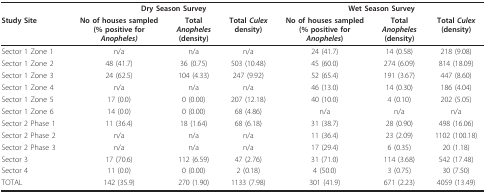
<table><thead><tr><td></td><td colspan="3"><b>Dry Season Survey</b></td><td colspan="3"><b>Wet Season Survey</b></td></tr><tr><td><b>Study Site</b></td><td><b>No of houses sampled(% positive for<i>Anopheles)</i></b></td><td><b>Total<i>Anopheles</i>(density)</b></td><td><b>Total <i>Culex</i>density)</b></td><td><b>No of houses sampled(% positive for<i>Anopheles</i>)</b></td><td><b>Total<i>Anopheles</i>(density)</b></td><td><b>Total <i>Culex</i>(density)</b></td></tr></thead><tbody><tr><td>Sector 1 Zone 1</td><td>n/a</td><td>n/a</td><td>n/a</td><td>24 (41.7)</td><td>14 (0.58)</td><td>218 (9.08)</td></tr><tr><td>Sector 1 Zone 2</td><td>48 (41.7)</td><td>36 (0.75)</td><td>503 (10.48)</td><td>45 (60.0)</td><td>274 (6.09)</td><td>814 (18.09)</td></tr><tr><td>Sector 1 Zone 3</td><td>24 (62.5)</td><td>104 (4.33)</td><td>247 (9.92)</td><td>52 (65.4)</td><td>191 (3.67)</td><td>447 (8.60)</td></tr><tr><td>Sector 1 Zone 4</td><td>n/a</td><td>n/a</td><td>n/a</td><td>46 (13.0)</td><td>14 (0.30)</td><td>186 (4.04)</td></tr><tr><td>Sector 1 Zone 5</td><td>17 (0.0)</td><td>0 (0.00)</td><td>207 (12.18)</td><td>40 (10.0)</td><td>4 (0.10)</td><td>202 (5.05)</td></tr><tr><td>Sector 1 Zone 6</td><td>14 (0.0)</td><td>0 (0.00)</td><td>68 (4.86)</td><td>n/a</td><td>n/a</td><td>n/a</td></tr><tr><td>Sector 2 Phase 1</td><td>11 (36.4)</td><td>18 (1.64)</td><td>68 (6.18)</td><td>31 (38.7)</td><td>28 (0.90)</td><td>498 (16.06)</td></tr><tr><td>Sector 2 Phase 2</td><td>n/a</td><td>n/a</td><td>n/a</td><td>11 (36.4)</td><td>23 (2.09)</td><td>1102 (100.18)</td></tr><tr><td>Sector 2 Phase 3</td><td>n/a</td><td>n/a</td><td>n/a</td><td>17 (29.4)</td><td>6 (0.35)</td><td>20 (1.18)</td></tr><tr><td>Sector 3</td><td>17 (70.6)</td><td>112 (6.59)</td><td>47 (2.76)</td><td>31 (71.0)</td><td>114 (3.68)</td><td>542 (17.48)</td></tr><tr><td>Sector 4</td><td>11 (0.0)</td><td>0 (0.00)</td><td>2 (0.18)</td><td>4 (50.0)</td><td>3 (0.75)</td><td>30 (7.50)</td></tr><tr><td>TOTAL</td><td>142 (35.9)</td><td>270 (1.90)</td><td>1133 (7.98)</td><td>301 (41.9)</td><td>671 (2.23)</td><td>4059 (13.49)</td></tr></tbody></table>